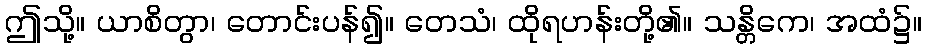
ဤသို့။ ယာစိတွာ၊ တောင်းပန်၍။ တေသံ၊ ထိုရဟန်းတို့၏။ သန္တိကေ၊ အထံ၌။